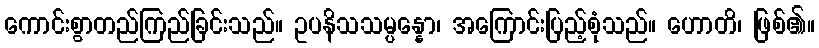
ကောင်းစွာတည်ကြည်ခြင်းသည်။ ဥပနိသသမ္ပန္နော၊ အကြောင်းပြည့်စုံသည်။ ဟောတိ၊ ဖြစ်၏။